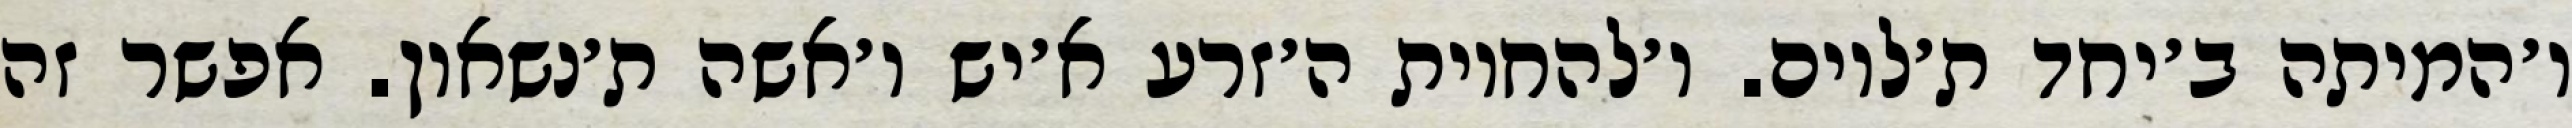
ו׳המיתה ב׳יחד ת׳לוים. ו׳להחיות ה׳זרע א׳יש ו׳אשה ת׳נשאון. אפשר זה